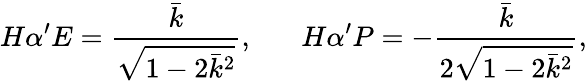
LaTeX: H\alpha^{\prime}E=\frac{\bar{k}}{\sqrt{1-2\bar{k}^{2}}},\; \; \; \; \; \; H\alpha^{\prime}P=-\frac{\bar{k}}{2\sqrt{1-2\bar{k}^{2}}},